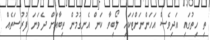
ތި ހިތުގައި އަދިވެސް އަހަންނަށްޓަކައި ލޯބިވާ ކަން އެނގުމުން ތިބާއަށް ދެވަނަ ފުރުސަތެއް